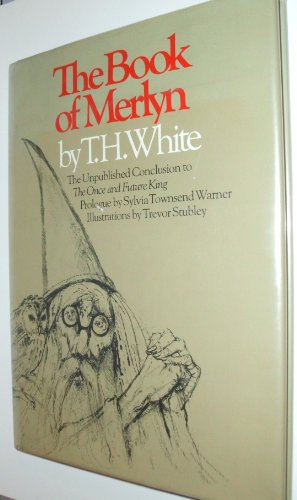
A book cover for The Book of Merlyn: The Unpublished Conclusion to the Once and Future King; T. H. White; Science Fiction & Fantasy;